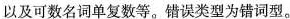
以及可数名词单复数等。错误类型为错词型。